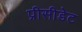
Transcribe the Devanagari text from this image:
प्रीसीडेट